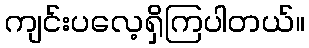
ကျင်းပလေ့ရှိကြပါတယ်။